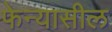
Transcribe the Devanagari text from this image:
फेन्यासील